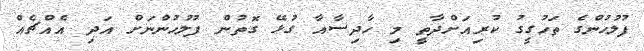
ފުލުހުންގެ ތަހުގީގު ކުރިއަށްދާތީ މި ހާދިސާއާ ގުޅޭ ގޮތުން ފުލުހުންނަށް އަދި އެއްޗެއް